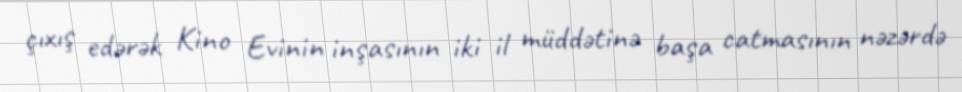
çıxış edərək Kino Evinin inşasının iki il müddətinə başa catmasının nəzərdə